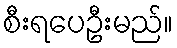
စီးရပေဦးမည်။